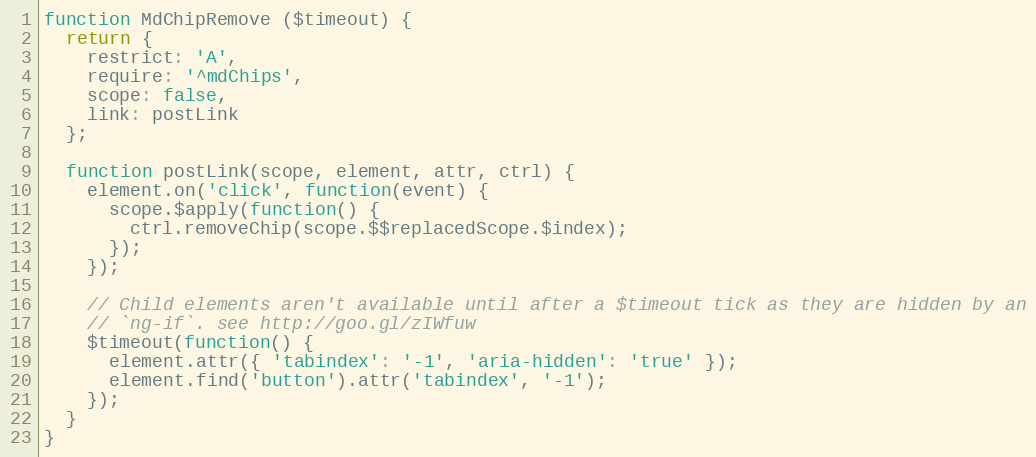
Language: JavaScript
function MdChipRemove ($timeout) {
  return {
    restrict: 'A',
    require: '^mdChips',
    scope: false,
    link: postLink
  };

  function postLink(scope, element, attr, ctrl) {
    element.on('click', function(event) {
      scope.$apply(function() {
        ctrl.removeChip(scope.$$replacedScope.$index);
      });
    });

    // Child elements aren't available until after a $timeout tick as they are hidden by an
    // `ng-if`. see http://goo.gl/zIWfuw
    $timeout(function() {
      element.attr({ 'tabindex': '-1', 'aria-hidden': 'true' });
      element.find('button').attr('tabindex', '-1');
    });
  }
}